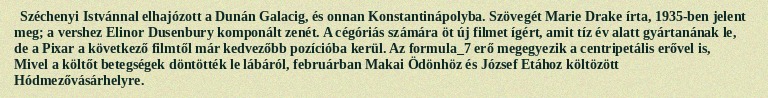
Széchenyi Istvánnal elhajózott a Dunán Galacig, és onnan Konstantinápolyba. Szövegét Marie Drake írta, 1935-ben jelent meg; a vershez Elinor Dusenbury komponált zenét. A cégóriás számára öt új filmet ígért, amit tíz év alatt gyártanának le, de a Pixar a következő filmtől már kedvezőbb pozícióba kerül. Az formula_7 erő megegyezik a centripetális erővel is, Mivel a költőt betegségek döntötték le lábáról, februárban Makai Ödönhöz és József Etához költözött Hódmezővásárhelyre.